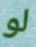
لو